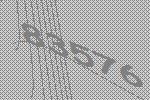
83576